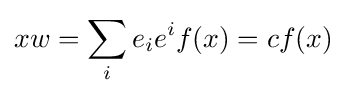
xw=\sum _{i}e_{i}e^{i}f(x)=cf(x)